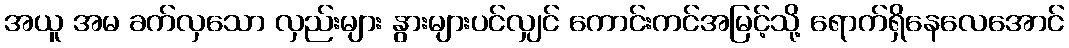
အယူ အမ ခက်လှသော လှည်းများ နွားများပင်လျှင် ကောင်းကင်အမြင့်သို့ ရောက်ရှိနေလေအောင်